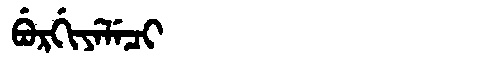
Manchu: ᠪᡠᡵᡤᡳᠶᡝᠯᡝᠴᡳ
Romanization: BURGIYELECI